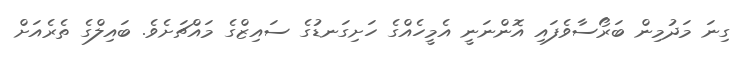
ގިނަ މަދުމިން ބަރޯސާވެފައި އޮންނަނީ އެމީހެއްގެ ހަށިގަނޑުގެ ސައިޒްގެ މައްޗަށެވެ. ބައިލްގެ ތެރެއަށް